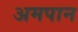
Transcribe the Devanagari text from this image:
अमपान